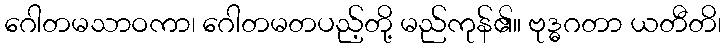
ဂေါတမသာဝကာ၊ ဂေါတမတပည့်တို့ မည်ကုန်၏။ ဗုဒ္ဓဂတာ ယတီတိ၊